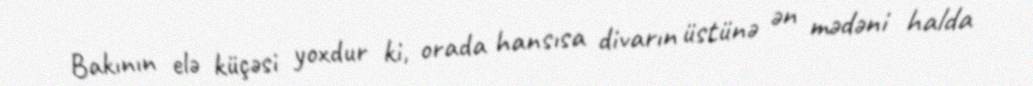
Bakının elə küçəsi yoxdur ki, orada hansısa divarın üstünə ən mədəni halda